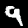
Label: 9